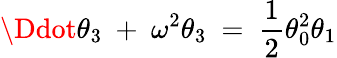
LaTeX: \Ddot{\theta}_{3}\ +\ \omega^{2}\theta_{3}\ =\ \frac{1}{2}\theta_{0}^{2}\theta_{1}